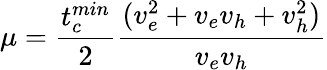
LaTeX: \mu=\frac{t_{c}^{min}}{2}\frac{(v_{e}^{2}+v_{e}v_{h}+v_{h}^{2})}{v_{e}v_{h}}